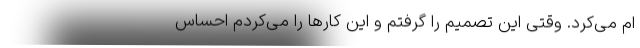
ام می‌کرد. وقتی این تصمیم را گرفتم و این کار‌ها را می‌کردم احساس